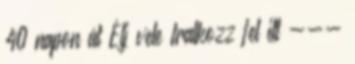
40 napon át Élj vele Iratkozz fel itt ---